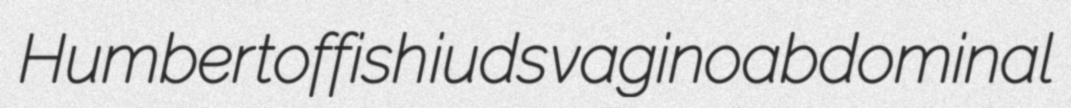
Humber toffish iuds vaginoabdominal